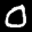
Label: 0